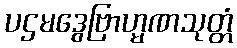
ပဌမဒွေဗြာဟ္မဏသုတ္တံ